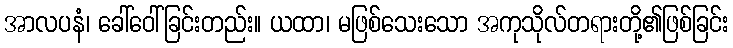
အာလပနံ၊ ခေါ်ဝေါ်ခြင်းတည်း။ ယထာ၊ မဖြစ်သေးသော အကုသိုလ်တရားတို့၏ဖြစ်ခြင်း